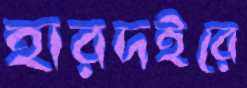
হারদইরে